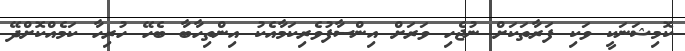
ކޮމިޝަނަކީ ވަކި ފަރާތަކަށް ނުޖެހި ވަރަށް އިންސާފުވެރިކަމާއެކު އިންތިހާބާ ބެހޭ ހުރިހާ ކަމެއްކޮށްދޭ